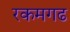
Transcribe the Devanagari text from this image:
रकमगढ